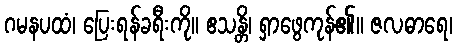
ဂမနပထံ၊ ပြေးရန်ခရီးကို။ ဧသန္တိ၊ ရှာဖွေကုန်၏။ ဇလဓာရေ၊